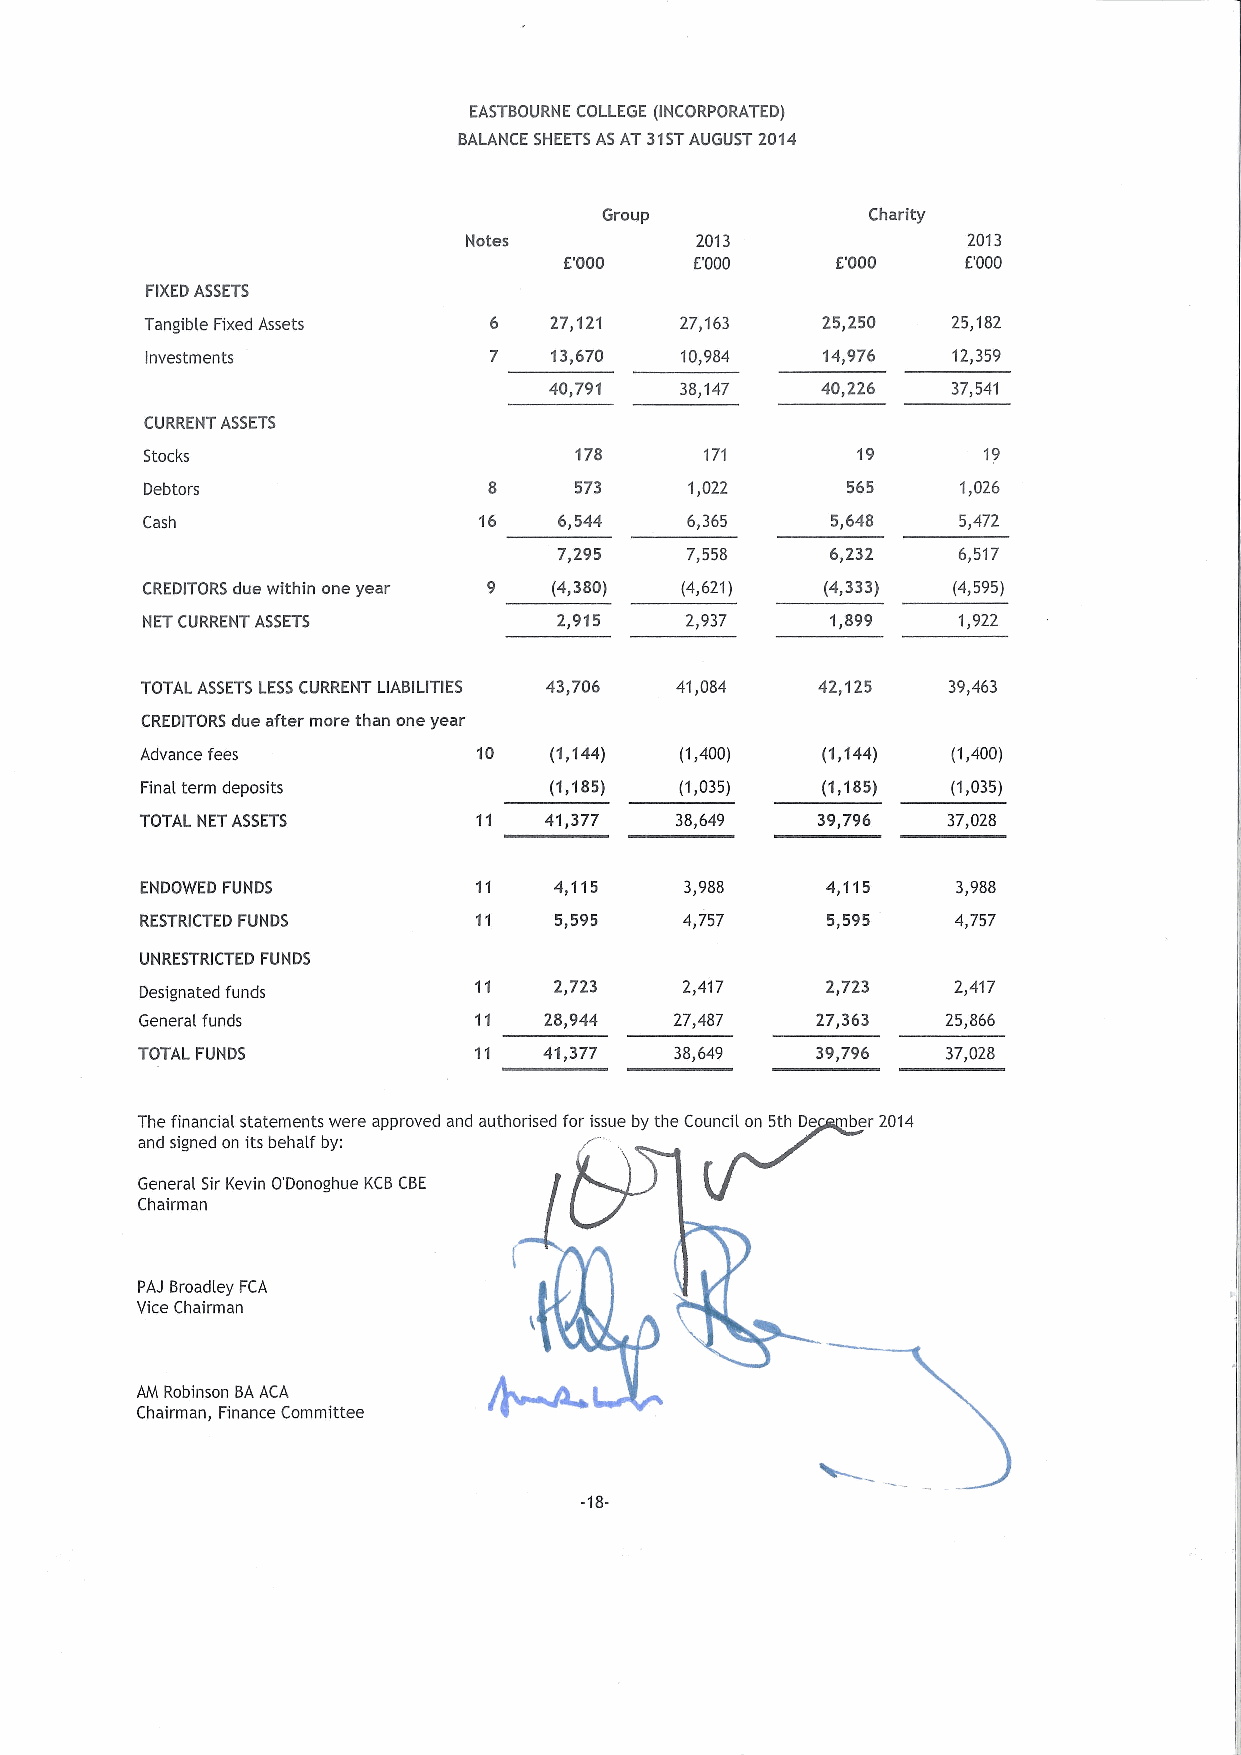
EASTBOURNE COLLEGE (INCORPORATED)
 BALANCE SHEETSASAT 31STAUGUST 2014
 Group             Charity
 Notes          2013              2013
 E'000    E'000    E'000    E'000
 FIXEDASSETS
 Tangible Fixed Assets 6   27i'I2'I 27,163   25,250   25,182
 Investments           7   13,670   10,984   14,976   12,359
 40,791   38,147   40,226   37,541
 CURRENT ASSETS
 Stocks                      178      171       19
 Debtors               8     573     1,022     565     1,026
 Cash                   16   6,544   6,365     5,648   5,472
 7,295   7,558     6,232   6,517
 CREDITORS due within one year 9 (4,380) (4,621) (4,333) (4,595)
 NET CURRENT ASSETS          2,915   2,937     1I899   1,922
 TOTAL ASSETS LESSCURRENT LIABILITIES 43,706 41,084 42,125 39,463
 CREDITORS due after more than one year
 Advance fees           10  (1,144)  (1,400)  (1,144)  (1,400)
 Final term deposits        (1,185)  (1,035)  (1,185)  (1,035)
 TOTAL NETASSETS        11  41,377   38,649   39,796   37,028
 ENDOWED FUNDS         11    4,115   3,988     4,115   3,988
 RESTRICTED FUNDS      11    5,595   4,757     5,595   4,757
 UNRESTRICTED FUNDS
 Designated funds
 11    2,723   2,417     2,723   2,417
 General funds         11   28,944   27,487   27,363   25,866
 TOTAL FUNDS           11   41,377   38,649   39,796   37,028
 The financial statements were approved and authorised for issue by the Council on 5th De ber 2014
 and signed on its behalf by:
 General Sir Kevin O'Donoghue KCBCBE
 Chairman
 PAJ Broadley FCA
 Vice Chairman
 AM Robinson BAACA
 Chairman, Finance Committee
 -18-